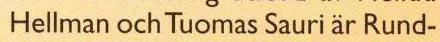
Hellman och Tuomas Sauri är Rund-